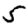
Digit: 5